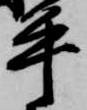
平